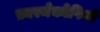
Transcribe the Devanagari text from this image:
फ़ारमेकोपियो